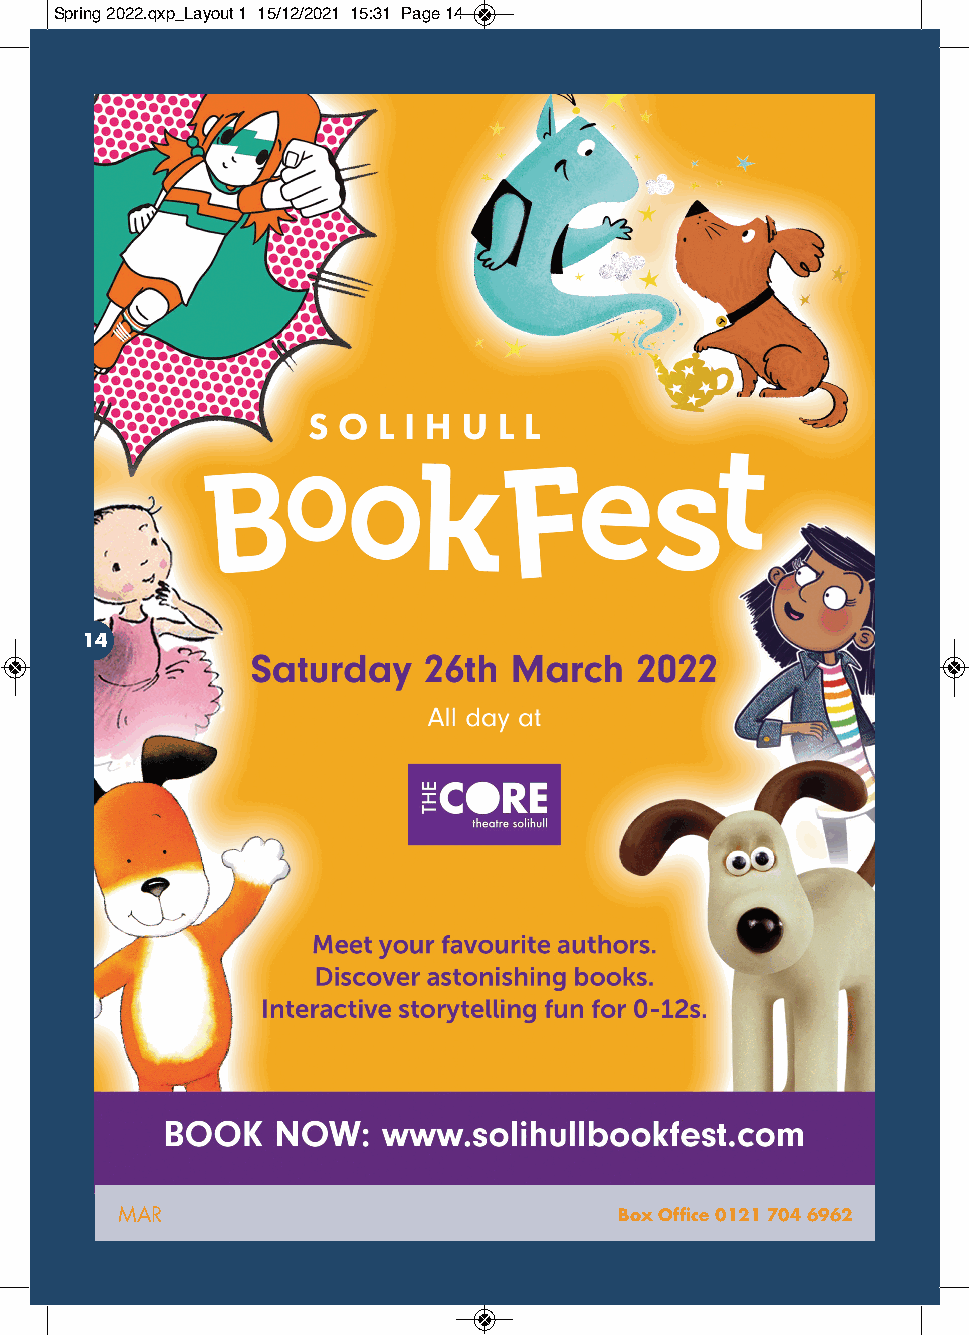
Spring 2022.qxp_Layout 1 15/12/2021 15:31 Page 14
 14
 MAR                              Box Office 0121 704 6962